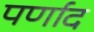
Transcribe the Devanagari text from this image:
पर्णाद